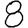
Digit: 8